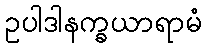
ဥပါဒါနက္ခယာရာမံ